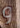
و